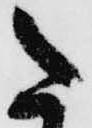
た